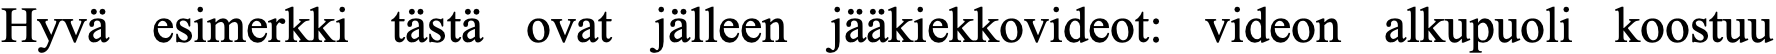
Hyvä esimerkki tästä ovat jälleen jääkiekkovideot: videon alkupuoli koostuu